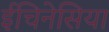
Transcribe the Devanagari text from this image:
ईचिनेसिया